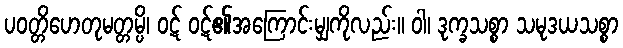
ပဝတ္တိဟေတုမတ္တမ္ပိ၊ ဝဋ် ဝဋ်၏အကြောင်းမျှကိုလည်း။ ဝါ၊ ဒုက္ခသစ္စာ သမုဒယသစ္စာ